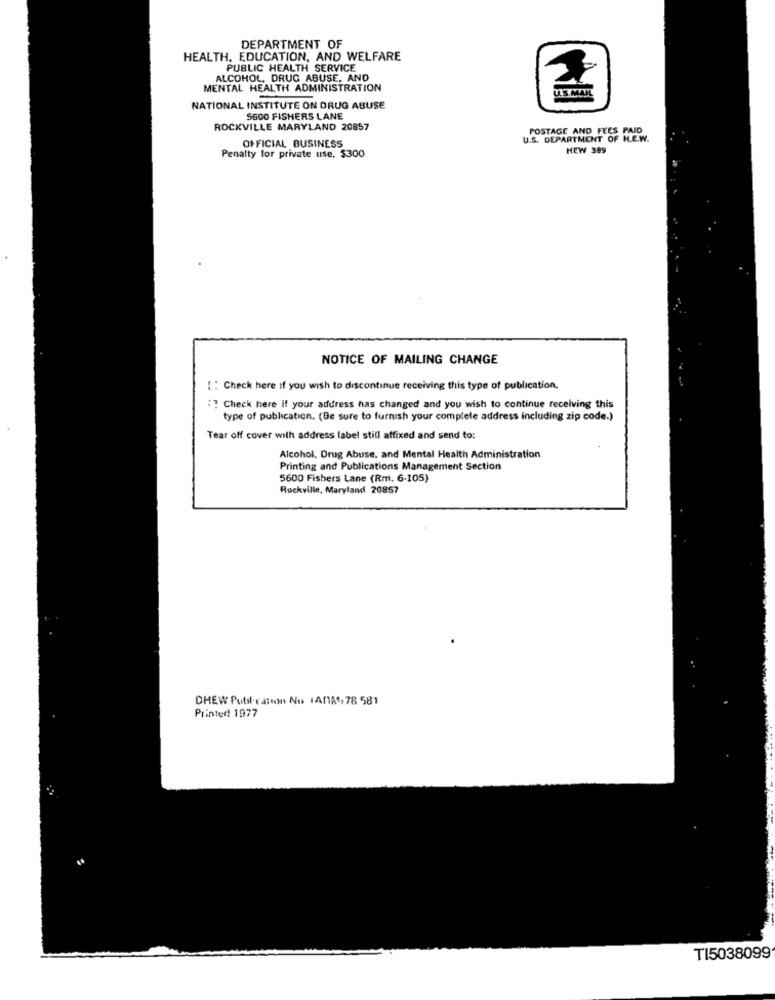
DEPARTMENT OF
HEALTH, EDUCATION, AND WELFARE
PUBLIC HEALTH SERVICE
ALCOHOL, DRUG ABUSE, AND
MENTAL HEALTH ADMINISTRATION
NATIONAL INSTITUTE ON DRUG ABUSE
S600 FISHERS LANE
ROCKVILLE MARYLAND 20857
POSTAGE AND FEES PAID
OFFICIAL BUSINESS
U.S. DEPARTMENT OF H.E.W.
HEW 389
Penalty for private use. $300
NOTICE OF MAILING CHANGE
[ : Check here if you wish to discontinue receiving this type of publication.
:" Check here If your address has changed and you wish to continue receiving this
type of publication. (Be sure to furnish your complete address including zip code.)
Tear off cover with address label still affixed and send to:
Alcohol, Drug Abuse, and Mental Health Administration
Printing and Publications Management Section
5600 Fishers Lane (Rm. 6-105)
Rockville, Maryland 20857
CHEW Publ-ration Nu 1AnM, 78 581
Printer! 1977
TI5038099